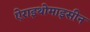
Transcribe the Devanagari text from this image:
ऐराइथोमाइसीन